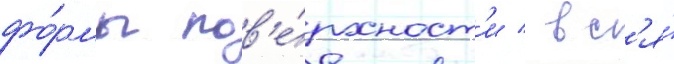
фо́рмы пов'е́рхност'и / вс'я́